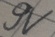
Text: 9V